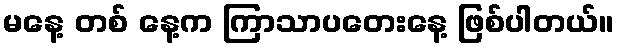
မနေ့ တစ် နေ့က ကြာသာပတေးနေ့ ဖြစ်ပါတယ်။